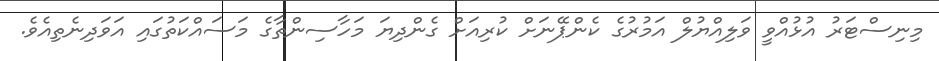
މިނިސްޓަރު އުޅުއްވީ ވަލިއްޔުލް އަމުރުގެ ކެންޕޭނަށް ކުރިއަށް ގެންދިޔަ މަހާސިންތާގެ މަސައްކަތުގައި އަވަދިނެތިއެވެ.